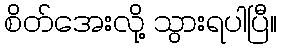
စိတ်အေးလို့ သွားရပါပြီ။